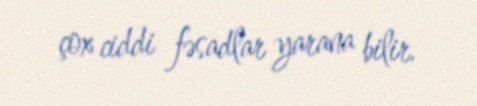
çox ciddi fəsadlar yarana bilir.